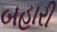
બહારી